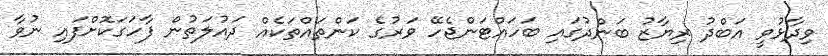
ވިދާޅުވީ އަބްދު ރިޔާޒު ބަންދުގައި ބަހައްޓަންޖެހޭ ވަރުގެ ކަންތައްތަކެއް ދައުލަތުން ފާހަގަކޮށްފައި ނުވާ